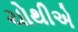
ચોથીએ